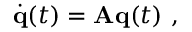
\dot { \bf { q } } ( t ) = { \bf { A } } { \bf { q } } ( t ) \mathrm { ~ , ~ }